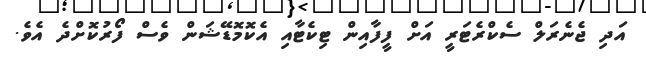
އަދި ޖެނެރަލް ސެކްރެޓަރީ އަށް ފީފާއިން ޓިކެޓާއި އެކޮމޮޑޭޝަން ވެސް ފޯރުކޮށްދެ އެވެ.